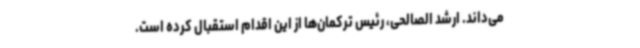
می‌داند. ارشد الصالحی، رئیس ترکمان‌ها از این اقدام استقبال کرده است.